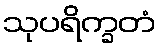
သုပရိက္ခတံ